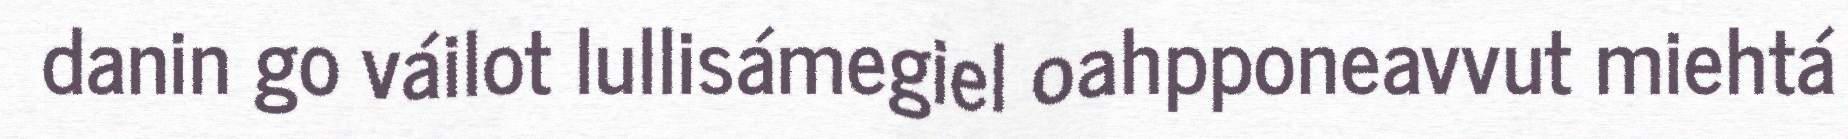
danin go váilot lullisámegiel oahpponeavvut miehtá